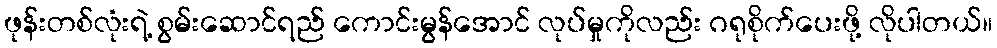
ဖုန်းတစ်လုံးရဲ့ စွမ်းဆောင်ရည် ကောင်းမွန်အောင် လုပ်မှုကိုလည်း ဂရုစိုက်ပေးဖို့ လိုပါတယ်။